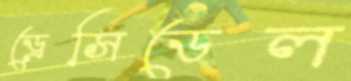
ড্রেসিডেল